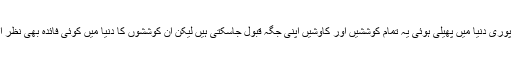
اقوام متحدہ کی پوری دنیا میں پھيلی ہوئی یہ تمام کوششیں اور کاوشیں اپنی جگہ قبول جاسکتی ہیں لیکن ان کوششوں کا دنیا میں کوئی فائدہ بھی نظر آتا ہے یا نہیں ؟